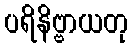
ပရိနိဗ္ဗာယတု